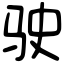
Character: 驶